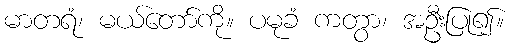
မာတရံ၊ မယ်တော်ကို။ ပမုခံ ကတွာ၊ အဦးပြု၍။